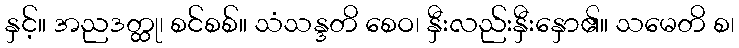
နှင့်။ အညဒတ္ထု၊ စင်စစ်။ သံသန္ဒတိ စေဝ၊ နှီးလည်းနှီးနှော၏။ သမေတိ စ၊